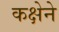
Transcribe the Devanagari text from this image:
कक्षेने